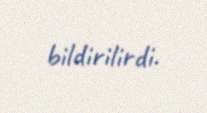
bildirilirdi.